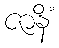
ဇာနိံ